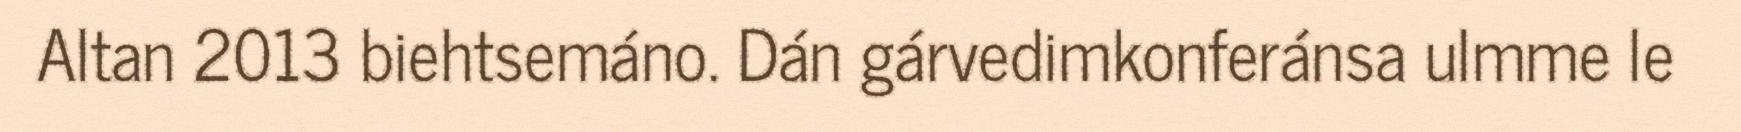
Altan 2013 biehtsemáno. Dán gárvedimkonferánsa ulmme le